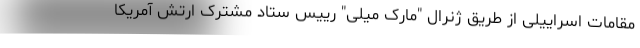
مقامات اسراییلی از طریق ژنرال "مارک میلی" رییس ستاد مشترک ارتش آمریکا